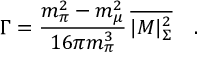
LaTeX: \Gamma = \frac { m _ { \pi } ^ { 2 } - m _ { \mu } ^ { 2 } } { 1 6 \pi m _ { \pi } ^ { 3 } } \, \overline { { { | M | _ { \Sigma } ^ { 2 } } } } \quad .